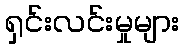
ရှင်းလင်းမှုများ